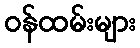
ဝန်ထမ်းများ